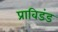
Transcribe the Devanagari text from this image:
प्राविडंड